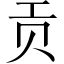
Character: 贡